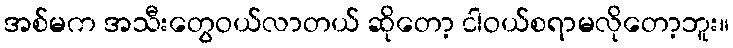
အစ်မက အသီးတွေဝယ်လာတယ် ဆိုတော့ ငါဝယ်စရာမလိုတော့ဘူး။